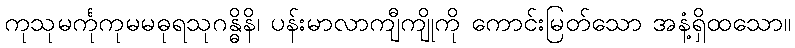
ကုသုမင်္ကုကုမမဓုရသုဂန္ဓိနိ၊ ပန်းမာလာကျီကျိုကို ကောင်းမြတ်သော အနံ့ရှိထသော။